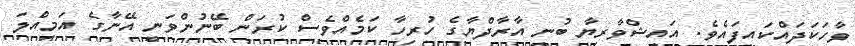
ވާހަކަދައްކައިފައެވެ. އައިޝްވާރިޔާ ބުނީ އާރާދްޔާގެ ހުރިހާ ކަމެއްވެސް ކުރަން ބޭނުންވަނީ އޭނާގެ އަމިއްލަ